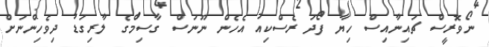
ނޯވޮރީސް ޗައިނާއިސް ހިޔާ ފޯދަ ރެސްކިއު އެހެން ނޫނަސް ގާސިމްގެ ލާރިގަޑު ދިވެހިންނަށް